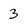
Character: 3